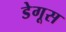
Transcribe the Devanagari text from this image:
डेगूस